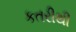
કતરીથી